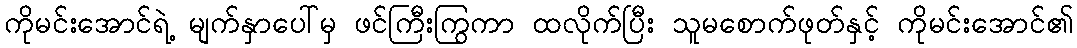
ကိုမင်းအောင်ရဲ့ မျက်နှာပေါ်မှ ဖင်ကြီးကြွကာ ထလိုက်ပြီး သူမစောက်ဖုတ်နှင့် ကိုမင်းအောင်၏